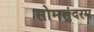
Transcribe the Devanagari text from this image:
सोमसुंदरम